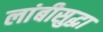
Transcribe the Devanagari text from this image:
लांबीसुद्धा